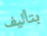
بتأليف